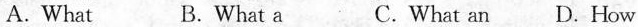
A.What B. What a C.What an D. How